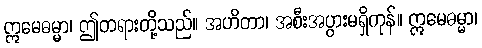
ဣမေဓမ္မာ၊ ဤတရားတို့သည်။ အဟိတာ၊ အစီးအပွားမရှိကုန်။ ဣမေဓမ္မာ၊